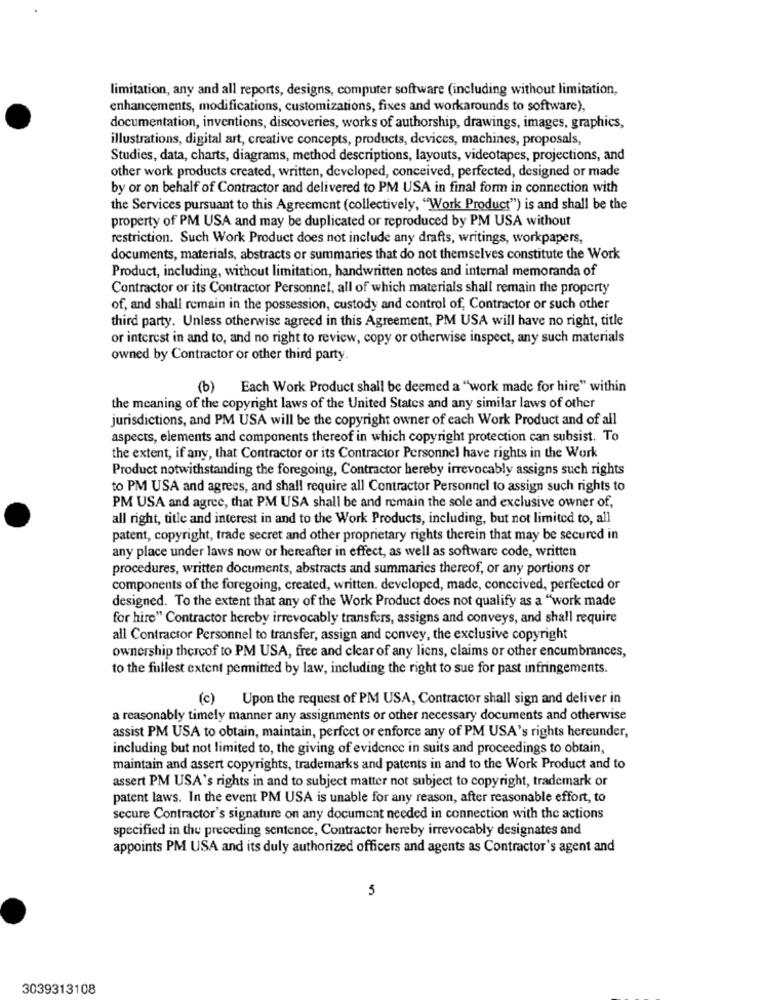
limitation, any and all reports, designs, computer software (including without limitation,
enhancements, modifications, customizations, fixes and workarounds to software),
documentation, inventions, discoveries, works of authorship, drawings, images, graphics,
illustrations, digital art, creative concepts, products, devices, machines, proposals,
Studies, data, charts, diagrams, method descriptions, layouts, videotapes, projections, and
other work products created, written, developed, conceived, perfected, designed or made
by or on behalf of Contractor and delivered to PM USA in final form in connection with
the Services pursuant to this Agreement (collectively, "Work Product") is and shall be the
property of PM USA and may be duplicated or reproduced by PM USA without
restriction. Such Work Product does not include any drafts, writings, workpapers,
documents, materials, abstracts or summaries that do not themselves constitute the Work
Product, including, without limitation, handwritten notes and internal memoranda of
Contractor or its Contractor Personnel, all of which materials shall remain the property
of, and shall remain in the possession, custody and control of, Contractor or such other
third party. Unless otherwise agreed in this Agreement, PM USA will have no right, title
or interest in and to, and no right to review, copy or otherwise inspect, any such materials
owned by Contractor or other third party.
(b) Each Work Product shall be deemed a "work made for hire" within
the meaning of the copyright laws of the United States and any similar laws of other
jurisdictions, and PM USA will be the copyright owner of each Work Product and of all
aspects, elements and components thereof in which copyright protection can subsist. To
the extent, if any, that Contractor or its Contractor Personnel have rights in the Work
Product notwithstanding the foregoing, Contractor hereby irrevocably assigns such rights
to PM USA and agrees, and shall require all Contractor Personnel to assign such rights to
PM USA and agree, that PM USA shall be and remain the sole and exclusive owner of,
all right, title and interest in and to the Work Products, including, but not limited to, all
patent, copyright, trade secret and other proprietary rights therein that may be secured in
any place under laws now or hereafter in effect, as well as software code, written
procedures, written documents, abstracts and summaries thereof, or any portions or
components of the foregoing, created, written, developed, made, conceived, perfected or
designed. To the extent that any of the Work Product does not qualify as a "work made
for hire" Contractor hereby irrevocably transfers, assigns and conveys, and shall require
all Contractor Personnel to transfer, assign and convey, the exclusive copyright
ownership thereof to PM USA, free and clear of any liens, claims or other encumbrances,
to the fullest extent permitted by law, including the right to sue for past infringements.
(c)
Upon the request of PM USA, Contractor shall sign and deliver in
a reasonably timely manner any assignments or other necessary documents and otherwise
assist PM USA to obtain, maintain, perfect or enforce any of PM USA's rights hereunder,
including but not limited to, the giving of evidence in suits and proceedings to obtain,
maintain and assert copyrights, trademarks and patents in and to the Work Product and to
assert PM USA's rights in and to subject matter not subject to copyright, trademark or
patent laws. In the event PM USA is unable for any reason, after reasonable effort, to
secure Contractor's signature on any document needed in connection with the actions
specified in the preceding sentence, Contractor hereby irrevocably designates and
appoints PM USA and its duly authorized officers and agents as Contractor's agent and
5
3039313108